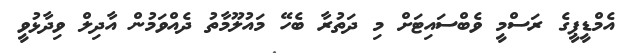
އެމްޑީޕީގެ ރަސްމީ ވެބްސައިޓަށް މި ދަތުރާ ބެހޭ މައުލޫމާތު ދެއްވަމުން އާދިލް ވިދާޅުވީ